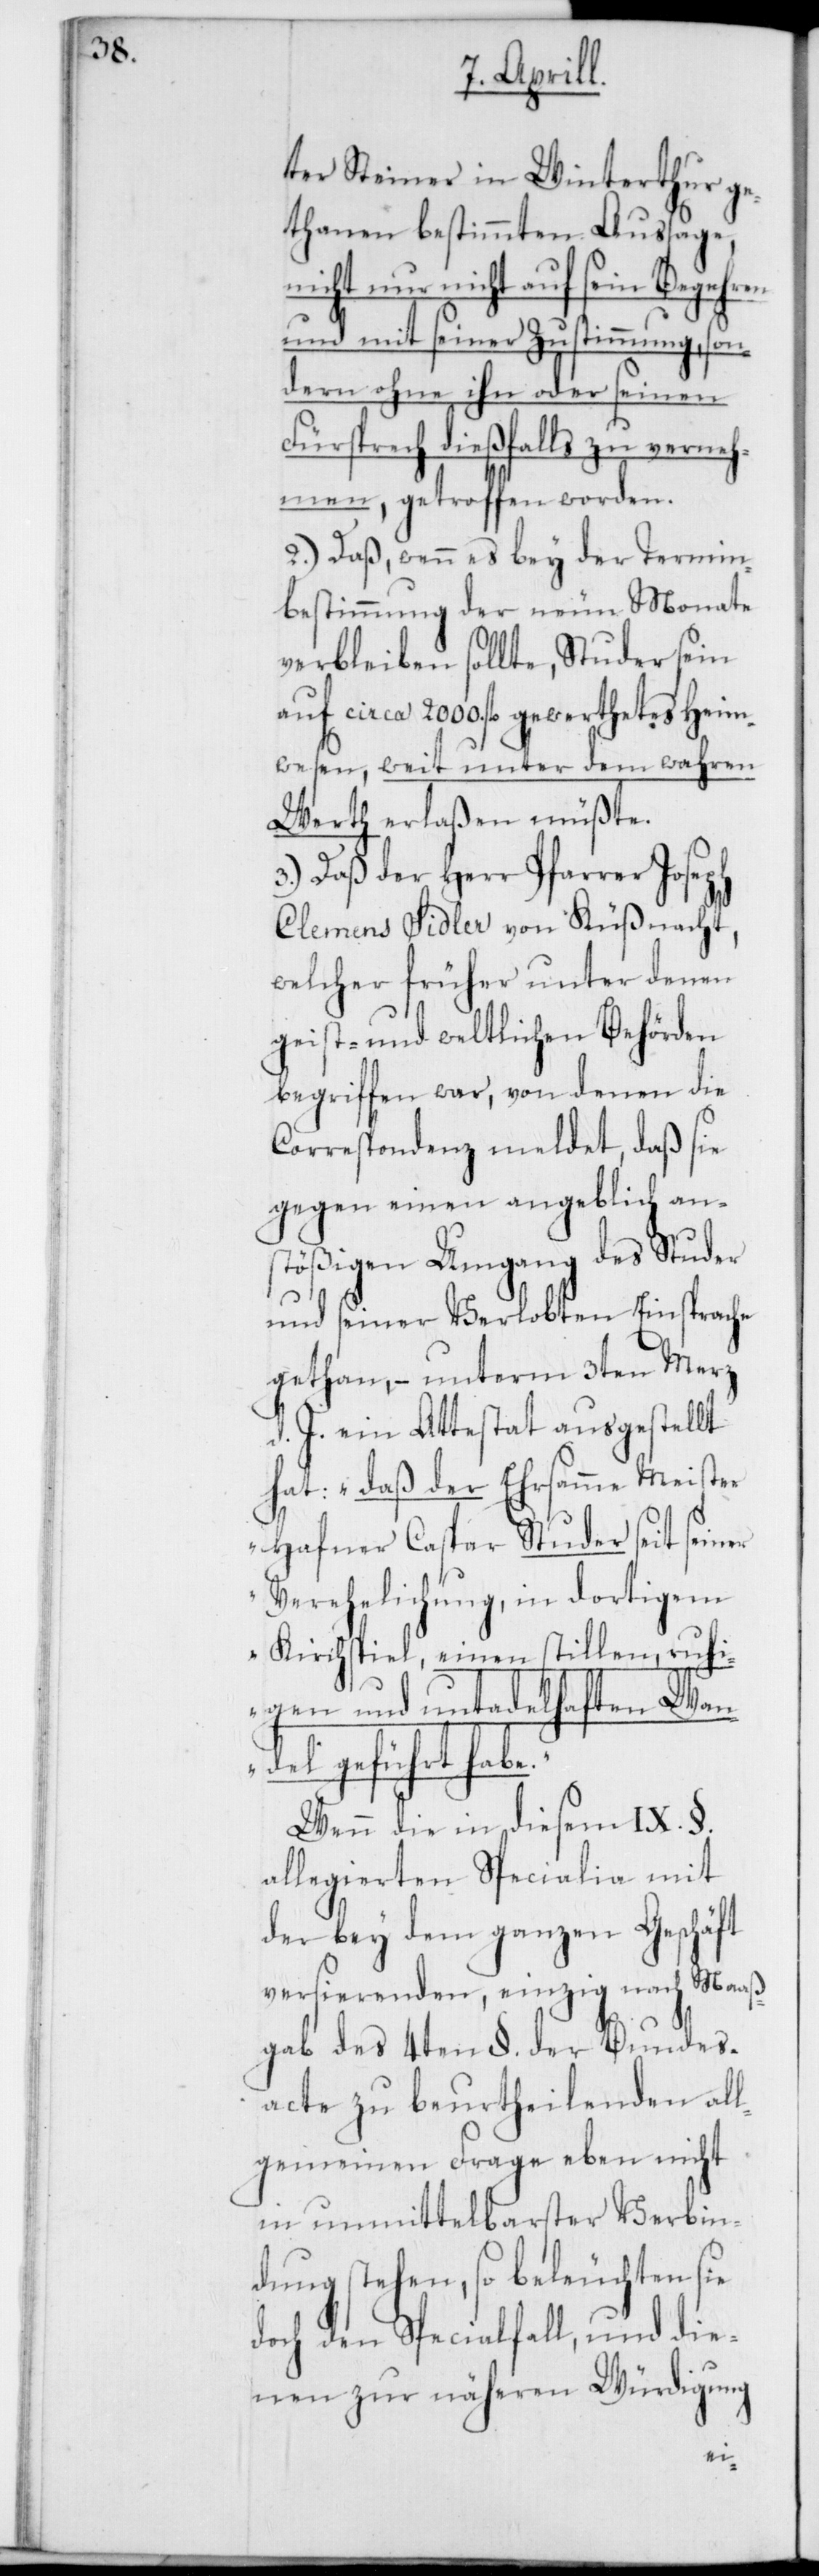
ter Steiner in Winterthur ge¬
thanen bestimmten Aussage,
nicht nur nicht auf sein
und mit seiner Zustimmung, son¬
dern ohne ihn oder seinen
Fürsprech dießfalls zu verneh¬
men, getroffen worden.
2.) Daß, wenn es bey der Termin¬
bestimmung der neun Monate
verbleiben sollte, Studer sein
auf circa 2000 fl. gewerthetes Heym¬
wesen, weit unter dem wahren
Wert erlaßen müßte.
3.) Daß der Herr Pfarrer Joseph
Clemens Sidler von Küßnacht,
welcher früher unter denen
geist- und weltlichen Behörden
begriffen war, von denen die
Correspondenz meldet, daß sie
gegen einen angeblich an¬
stößigen Umgang des Studer
und seiner Verlobten Einsprache
gethan, – unterm 3ten Merz
d. J. ein Attestat ausgestellt
hat: „daß der Ehrsamme Meister
Hafner Caspar Studer seit seiner
Verehelichung, in dortigem
Kirchspiel, einen stillen, ruhi¬
gen und untadelhaften Wan¬
del geführt habe.“
Wenn die in diesem IX. §.
allegierten Specialia mit
der bey dem ganzen Geschäft
versierenden, einzig nach Maaß¬
gab des 4ten §. der Bundes¬
acte zu beurtheilenden all¬
gemeinen Frage eben nicht
in unmittelbarster Verbin¬
dung stehen, so beleuchten sie
doch den Specialfall, und die¬
nen zu näheren Würdigung